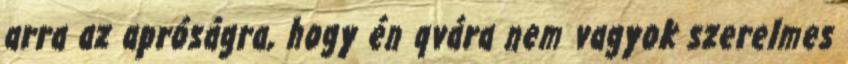
arra az apróságra, hogy én qvára nem vagyok szerelmes